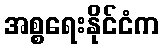
အစ္စရေးနိုင်ငံက